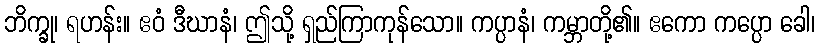
ဘိက္ခု၊ ရဟန်း။ ဧဝံ ဒီဃာနံ၊ ဤသို့ ရှည်ကြာကုန်သော။ ကပ္ပာနံ၊ ကမ္ဘာတို့၏။ ဧကော ကပ္ပော ခေါ၊